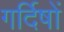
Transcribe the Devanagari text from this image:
गर्दिषों